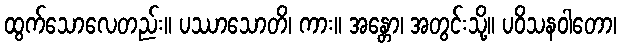
ထွက်သောလေတည်း။ ပဿာသောတိ၊ ကား။ အန္တော၊ အတွင်းသို့။ ပဝိသနဝါတော၊